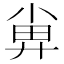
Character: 𡮁